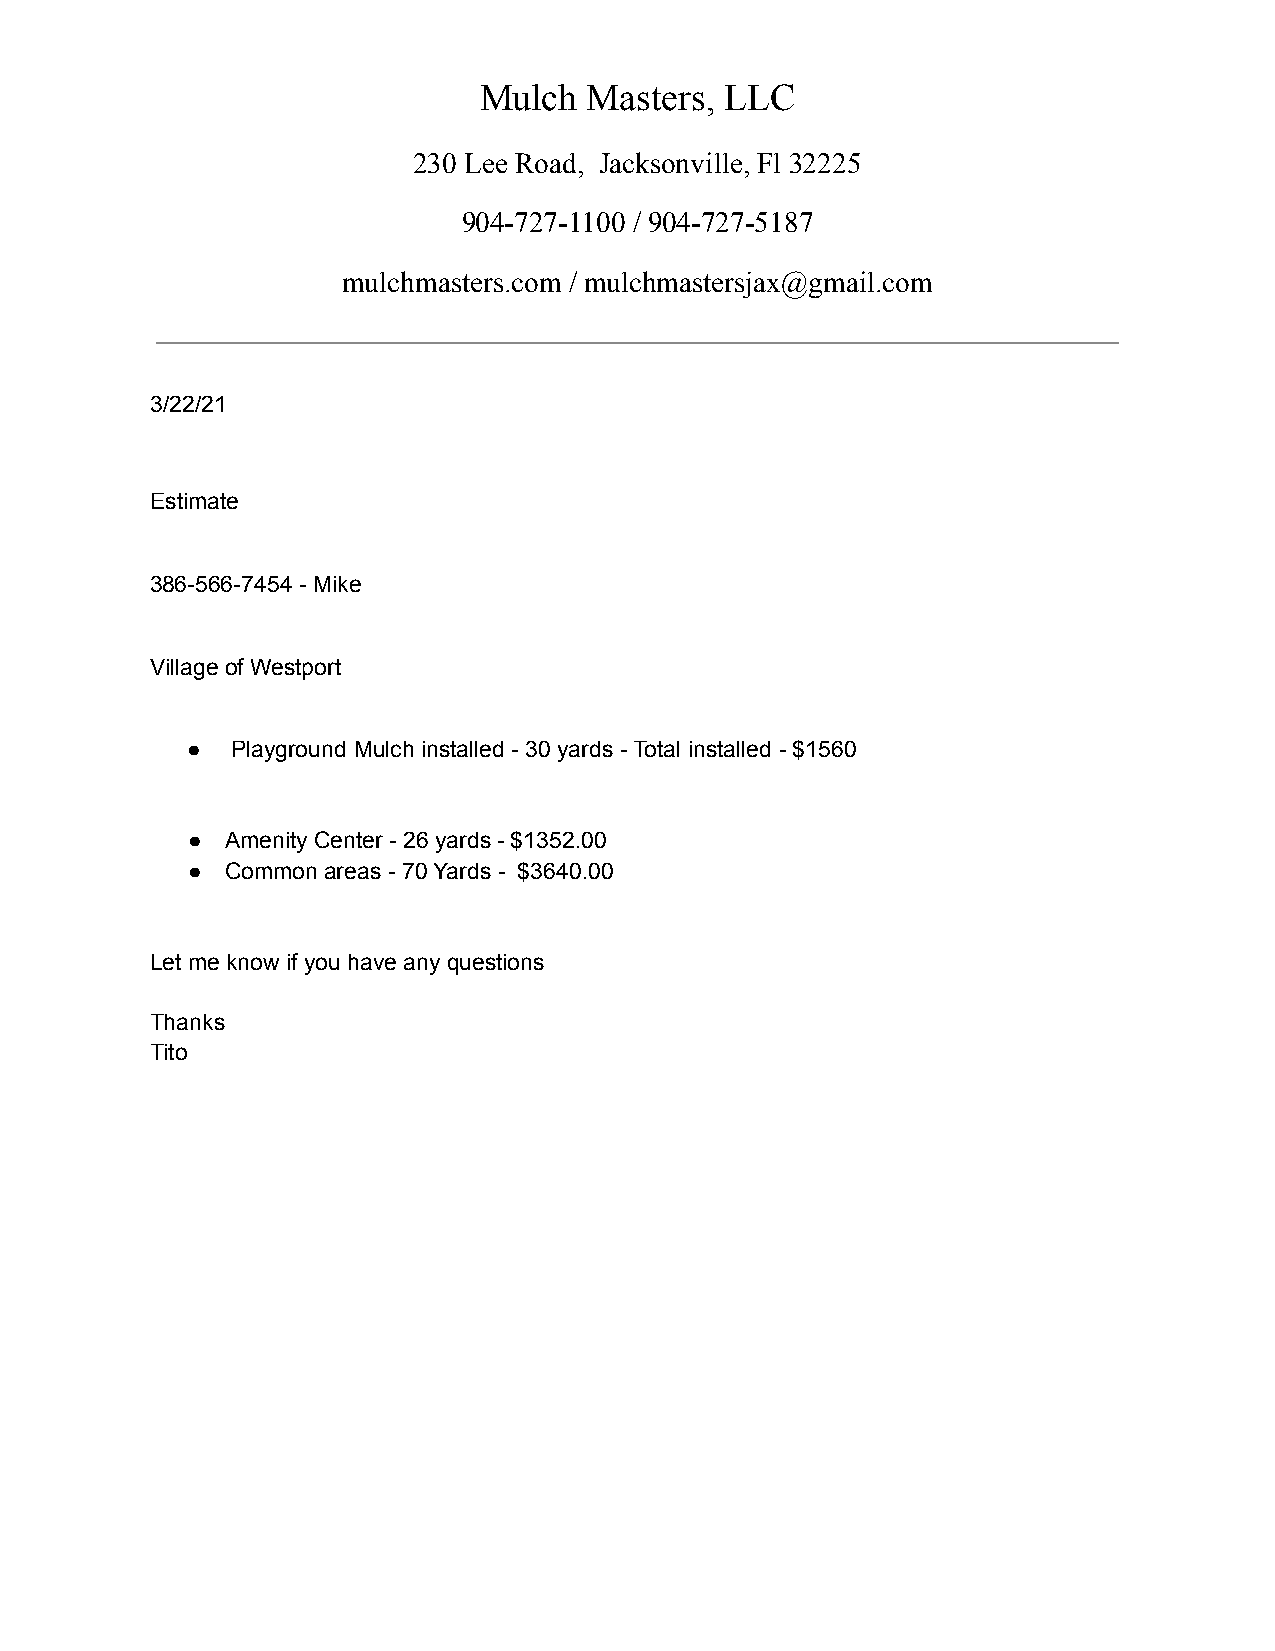
Mulch  Masters, LLC
 230 Lee Road, Jacksonville, Fl 32225
 904-727-1100 / 904-727-5187
 mulchmasters.com / mulchmastersjax@gmail.com
 3/22/21
 Estimate
 386-566-7454 - Mike
 Village of Westport
 ●  Playground Mulch installed - 30 yards -Total installed - $1560
 ●  Amenity Center - 26 yards - $1352.00
 ●  Common areas - 70 Yards - $3640.00
 Let me know if you have any questions
 Thanks
 Tito